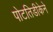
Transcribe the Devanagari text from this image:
पोटतिडीकेने